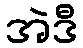
အဲဒီ